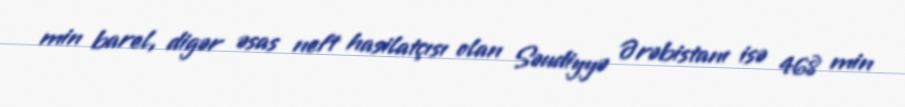
min barel, digər əsas neft hasilatçısı olan Səudiyyə Ərəbistanı isə 468 min